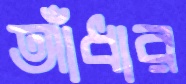
আঁধার